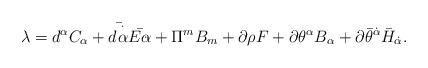
LaTeX: \begin{align*}\lambda = d^{\alpha}C_{\alpha} + \bar{d^{\dot\alpha}}\bar{E_{\dot\alpha}} + \Pi^{m}B_{m} + \partial\rho F+\partial\theta^{\alpha}B_{\alpha} + \partial{\bar\theta}^{\dot\alpha}{\bar H}_{\dot\alpha}.\end{align*}